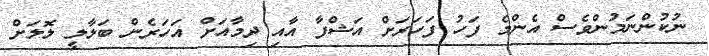
ނުކުންނަމުންވެސް އެންމެ ފަހު ފަހަރަށް އަޝްފާ އާއި ދިމާއަށް އަހަރެން ބަލާލީ ލޮލަށް